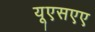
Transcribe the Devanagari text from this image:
यूएसएए